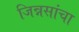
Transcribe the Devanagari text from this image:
जिन्नसांचा